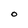
Character: o